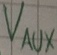
Text: VAUX